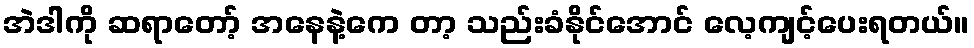
အဲဒါကို ဆရာတော့် အနေနဲ့ကေ တာ့ သည်းခံနိုင်အောင် လေ့ကျင့်ပေးရတယ်။